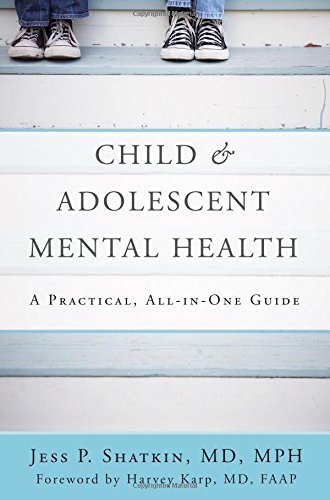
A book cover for Child & Adolescent Mental Health: A Practical, All-in-One Guide; Jess P. Shatkin; Medical Books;